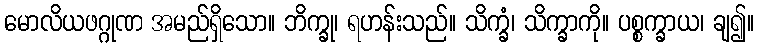
မောလိယဖဂ္ဂုဏ အမည်ရှိသော။ ဘိက္ခု၊ ရဟန်းသည်။ သိက္ခံ၊ သိက္ခာကို။ ပစ္စက္ခာယ၊ ချ၍။